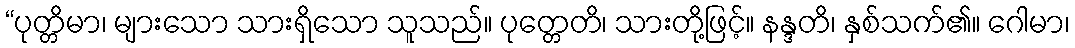
“ပုတ္တိမာ၊ များသော သားရှိသော သူသည်။ ပုတ္တေတိ၊ သားတို့ဖြင့်။ နန္ဒတိ၊ နှစ်သက်၏။ ဂေါမာ၊